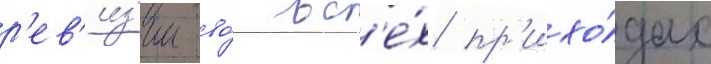
р'ев'из'ии во́ вс'е́х пр'ихо́дах